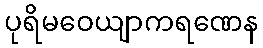
ပုရိမဝေယျာကရဏေန